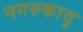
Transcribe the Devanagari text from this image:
नगरुकावु